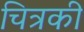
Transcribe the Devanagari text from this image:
चित्रकी